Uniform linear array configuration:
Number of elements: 24
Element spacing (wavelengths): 0.25
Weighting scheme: binomial
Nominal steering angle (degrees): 60
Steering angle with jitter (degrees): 60.528
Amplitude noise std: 0.05
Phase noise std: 0.05

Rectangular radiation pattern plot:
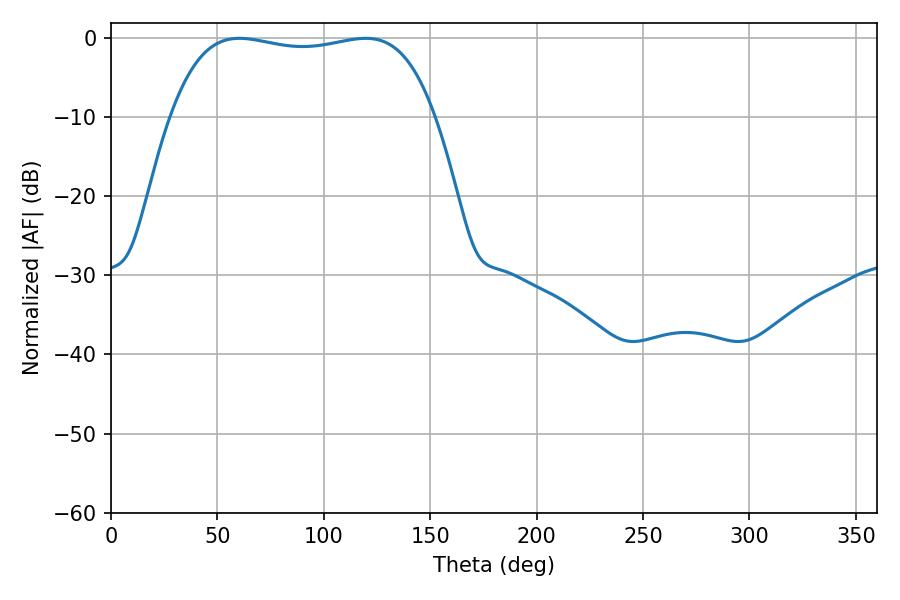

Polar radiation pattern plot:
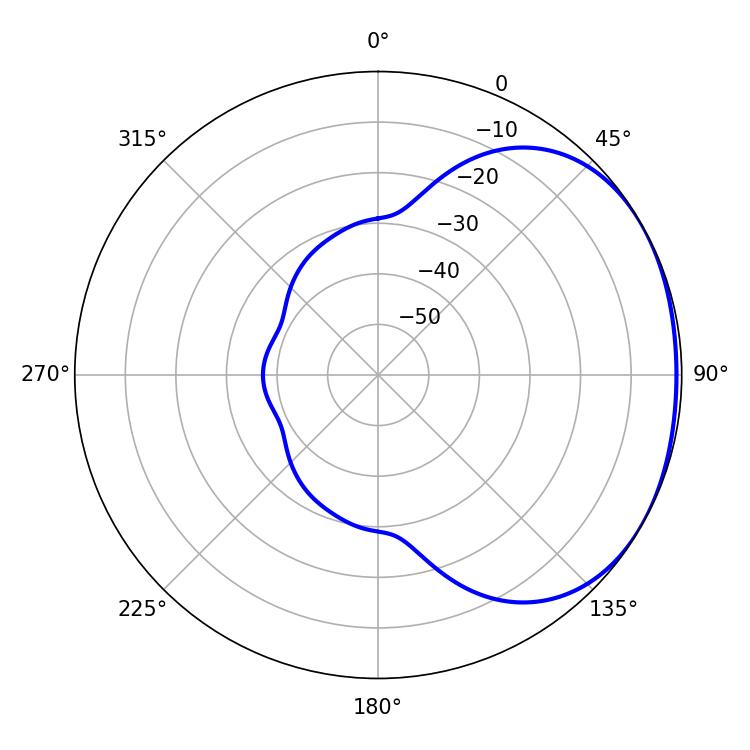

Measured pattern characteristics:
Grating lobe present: FALSE
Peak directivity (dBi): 1.551
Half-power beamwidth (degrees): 99.36
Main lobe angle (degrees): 60.3